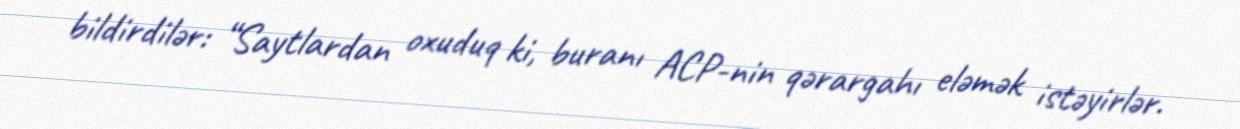
bildirdilər: “Saytlardan oxuduq ki, buranı ACP-nin qərargahı eləmək istəyirlər.